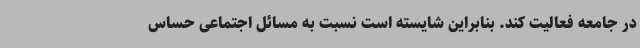
در جامعه فعالیت کند. بنابراین شایسته است نسبت به مسائل اجتماعی حساس